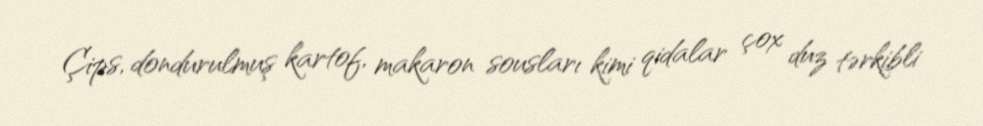
Çips, dondurulmuş kartof, makaron sousları kimi qidalar çox duz tərkibli